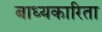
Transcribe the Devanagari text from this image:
बाध्यकारिता